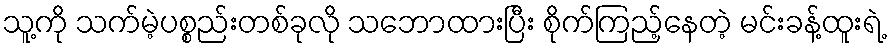
သူ့ကို သက်မဲ့ပစ္စည်းတစ်ခုလို သဘောထားပြီး စိုက်ကြည့်နေတဲ့ မင်းခန့်ထူးရဲ့